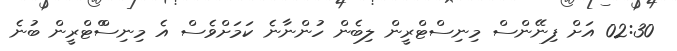
02:30 އަށް ފިނޭންސް މިނިސްޓްރީން ލިބެން ހުންނާނެ ކަމަށްވެސް އެ މިނިސްްޓްރީން ބުނެ